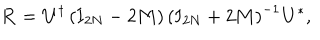
{ \bf R } = { \bf U } ^ { \dagger } \left( { \bf I } _ { 2 N } - 2 { \bf M } \right) \left( { \bf I } _ { 2 N } + 2 { \bf M } \right) ^ { - 1 } { \bf U } ^ { * } ,